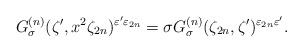
\begin{align*}G_{\sigma}^{(n)} (\zeta', x^{2}\zeta_{2n})^{\varepsilon' \varepsilon_{2n}}=\sigma G_{\sigma}^{(n)} (\zeta_{2n}, \zeta')^{\varepsilon_{2n}\varepsilon'}. \end{align*}